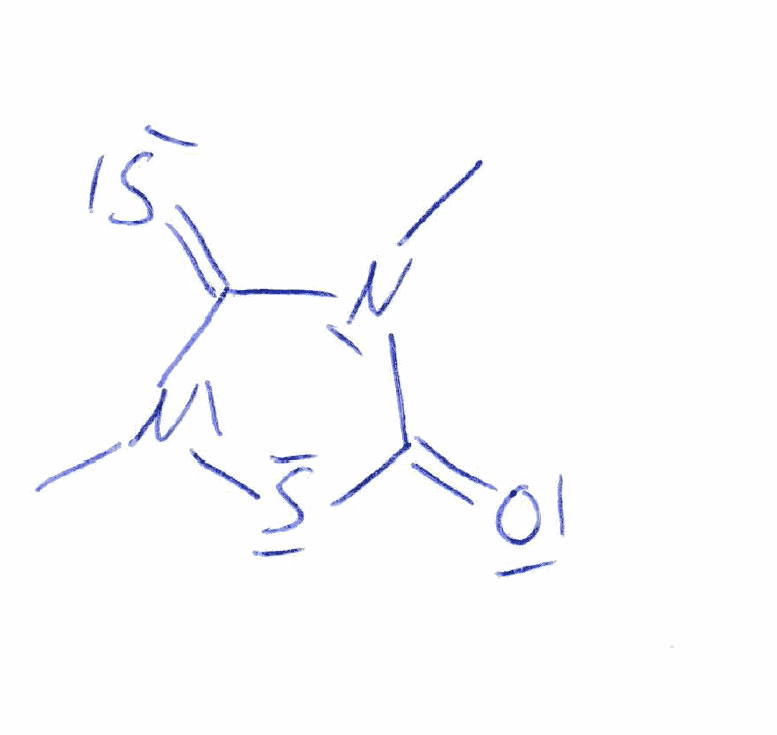
Simplified molecular-input line-entry system (SMILES) notation of the given molecule:
CN1C(=S)N(SC1=O)C